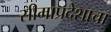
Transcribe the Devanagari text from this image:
सीमाप्रदेशाचा